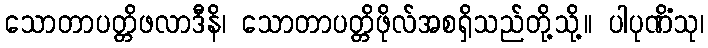
သောတာပတ္တိဖလာဒီနိ၊ သောတာပတ္တိဖိုလ်အစရှိသည်တို့သို့။ ပါပုဏိံသု၊